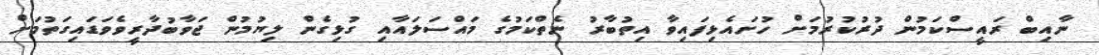
ނާއިބް ރައީސްކަމުން ދުރުކުރުމަށް ހުށައެޅިފައިވާ އިތުބާރު ނެތްކަމުގެ މައްސަލައާއި ގުޅިގެން ލިޔުމުން ޖަވާބުދާރީވެވަޑައިގަތުމަށް